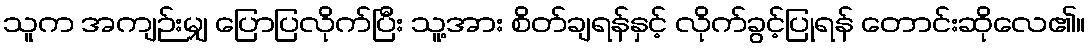
သူက အကျဉ်းမျှ ပြောပြလိုက်ပြီး သူ့အား စိတ်ချရန်နှင့် လိုက်ခွင့်ပြုရန် တောင်းဆိုလေ၏။